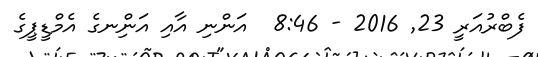
ފެބްރުއަރީ 23